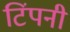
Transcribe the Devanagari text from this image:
टिंपनी